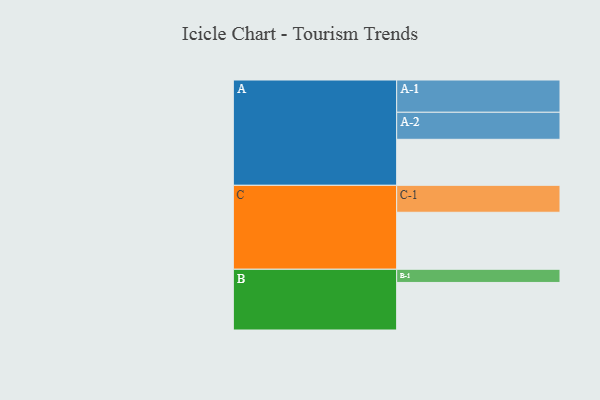
{"axis": {"x": "Segment", "y": "Value"}, "legend": ["", "A", "B", "C"], "data": [{"x": "A", "y": 422, "type": ""}, {"x": "B", "y": 436, "type": ""}, {"x": "C", "y": 523, "type": ""}, {"x": "A-1", "y": 296, "type": "A"}, {"x": "A-2", "y": 248, "type": "A"}, {"x": "B-1", "y": 121, "type": "B"}, {"x": "C-1", "y": 247, "type": "C"}]}